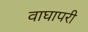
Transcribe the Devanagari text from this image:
वाघापरी